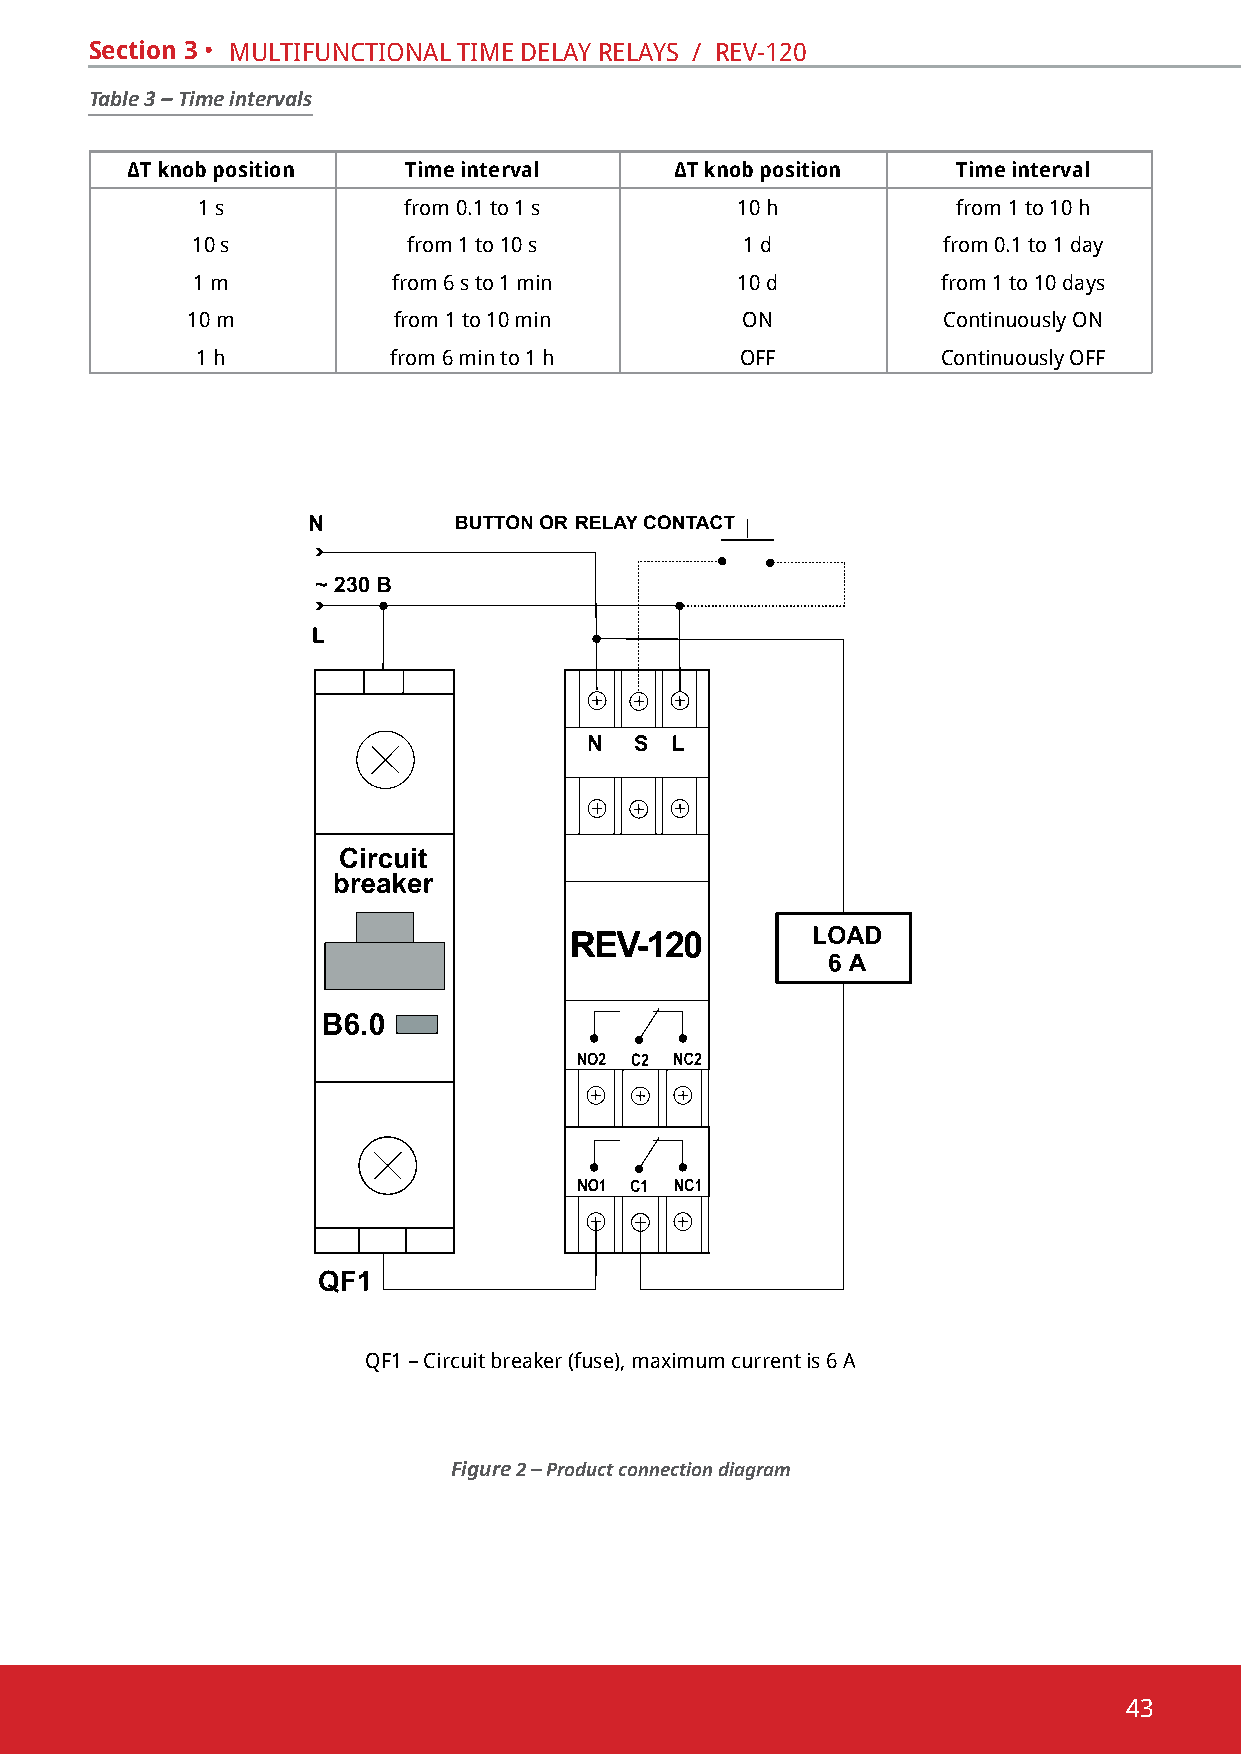
Section 3 • multifunctional time delaY RelaYs / Rev-120
 Table 3 – Time intervals
 ∆T knob position   Time interval     ∆T knob position  Time interval
 1 s           from 0.1 to 1 s       10 h          from 1 to 10 h
 10 s          from 1 to 10 s        1 d          from 0.1 to 1 day
 1 m          from 6 s to 1 min      10 d         from 1 to 10 days
 10 m          from 1 to 10 min       on           continuously on
 1 h          from 6 min to 1 h      off          continuously off
 QF1 – Circuit breaker (fuse), maximum current is 6 А
 Figure 2 – Product connection diagram
 43